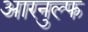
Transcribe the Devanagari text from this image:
आरनुल्फ